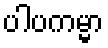
ပါပကမ္မာ